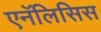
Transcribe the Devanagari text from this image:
एनॅलिसिस